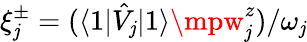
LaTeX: \xi_{\mathit{j}}^{\pm}=(\langle1|\hat{{V}}_{\mathit{j}}|1\rangle\mpw_{\mathit{j}}^{z})/\omega_{\mathit{j}}